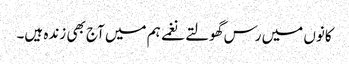
کانوں میں رس گھولتے نغمے ہم میں آج بھی زندہ ہیں۔